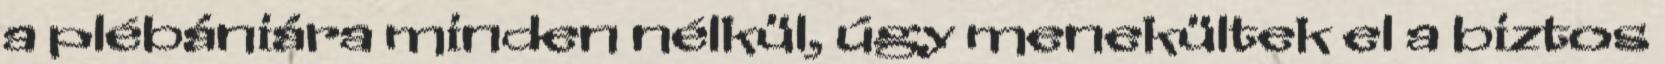
a plébániára minden nélkül, úgy menekültek el a biztos